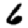
Digit: 6